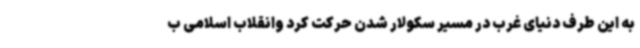
به این طرف دنیای غرب در مسیر سکولار شدن حرکت کرد وانقلاب اسلامی ب